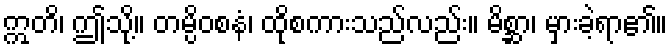
ဣတိ၊ ဤသို့။ တမ္ပိဝစနံ၊ ထိုစကားသည်လည်း။ မိစ္ဆာ၊ မှားခဲ့ရာ၏။